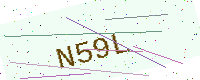
Text: N59L